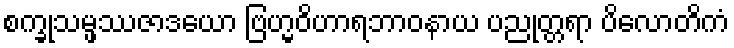
စက္ခုသမ္ဖဿဇာဒယော ဗြဟ္မဝိဟာရဘာဝနာယ ပညုတ္တရာ ပိလောတိကံ